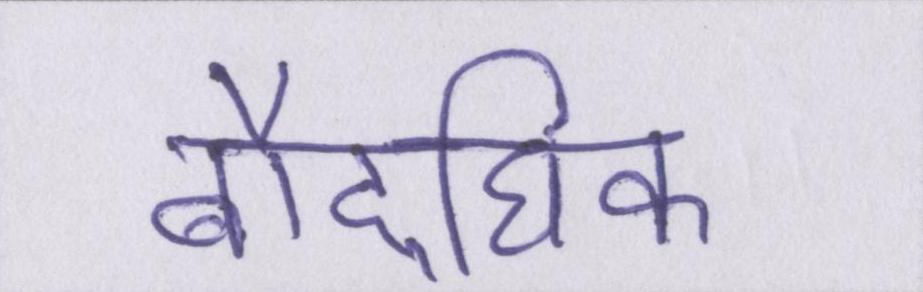
बौद्घिक